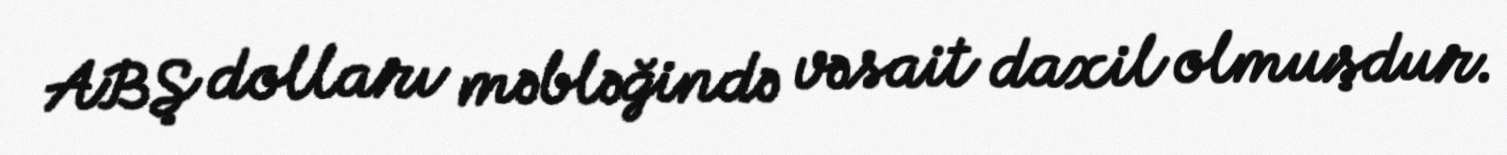
ABŞ dolları məbləğində vəsait daxil olmuşdur.